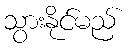
သွားနိုင်မည်